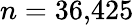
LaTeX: n=36{,}425